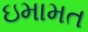
ઇમામત